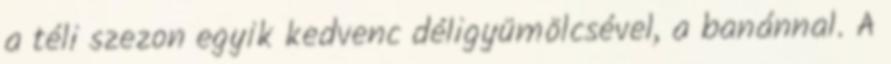
a téli szezon egyik kedvenc déligyümölcsével, a banánnal. A